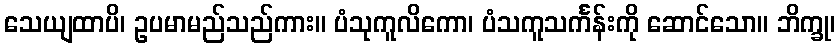
သေယျထာပိ၊ ဥပမာမည်သည်ကား။ ပံသုကူလိကော၊ ပံသကူသင်္ကန်းကို ဆောင်သော။ ဘိက္ခု၊